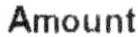
AMOUNT